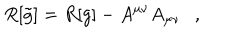
R [ \tilde { g } ] = R [ g ] - A ^ { \mu \nu } A _ { \mu \nu } ,